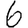
Digit: 6